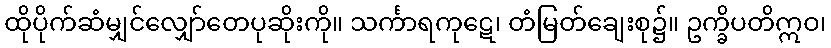
ထိုပိုက်ဆံမျှင်လျှော်တေပုဆိုးကို။ သင်္ကာရကုဋေ၊ တံမြတ်ချေးစု၌။ ဥက္ခိပတိဣဝ၊